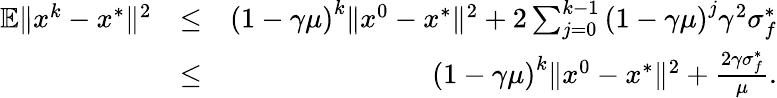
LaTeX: \begin{array}{rlr}{\mathbb{E}\| x^{k}-x^{*}\| ^{2}}&{\leq}&{\left(1-\gamma\mu\right)^{k}\| x^{0}-x^{*}\| ^{2}+2\sum_{j=0}^{k-1}\left(1-\gamma\mu\right)^{j}\gamma^{2}\sigma_{f}^{*}}\\ &{\leq}&{\left(1-\gamma\mu\right)^{k}\| x^{0}-x^{*}\| ^{2}+\frac{2\gamma\sigma_{f}^{*}}{\mu}.}\end{array}